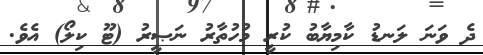
ދެ ވަނަ ލަނޑު ކާމިޔާބު ކުރީ މުހުތާރު ނަޞީރު (ޓޫ ކިލޯ) އެވެ.